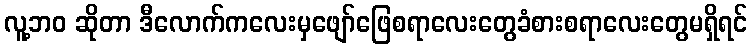
လူ့ဘဝ ဆိုတာ ဒီလောက်ကလေးမှဖျော်ဖြေစရာလေးတွေခံစားစရာလေးတွေမရှိရင်